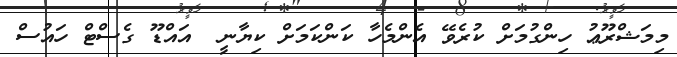
މިމަޝްރޫޢު ހިންގުމަށް ކުރެވޭ އެންމެހާ ކަންކަމަށް ކިޔާނީ  އައްޑޫ ގެސްޓް ހައުސް